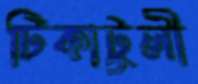
টিকাটুলী